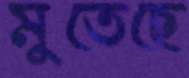
মুতেছে